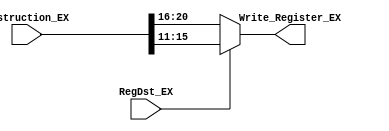
// EX_Dest_Mux determines which register will be written to. 

module EX_Dest_Mux(
		 input [20:0] Instruction_EX,
		 input RegDst_EX,
		 output [4:0] Write_Register_EX
		 );

   assign Write_Register_EX = RegDst_EX ? Instruction_EX[15:11] : Instruction_EX[20:16];

endmodule // EX_Dest_Mux